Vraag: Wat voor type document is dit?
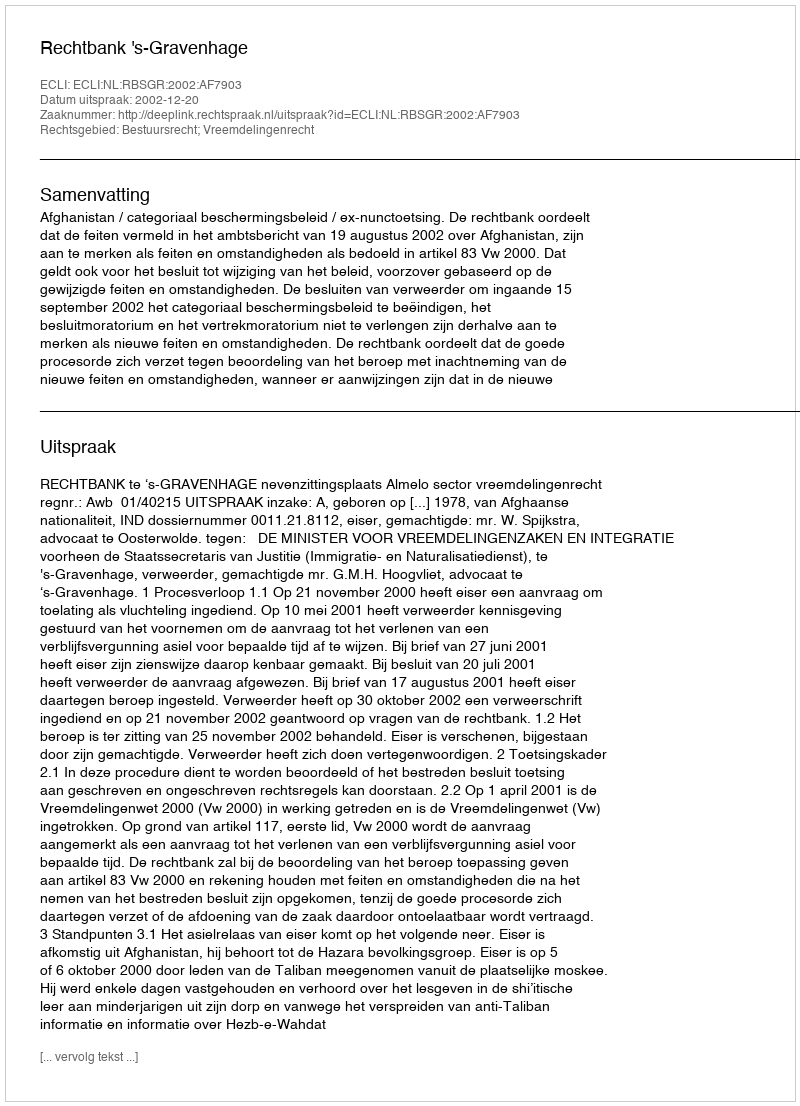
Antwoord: Uitspraak